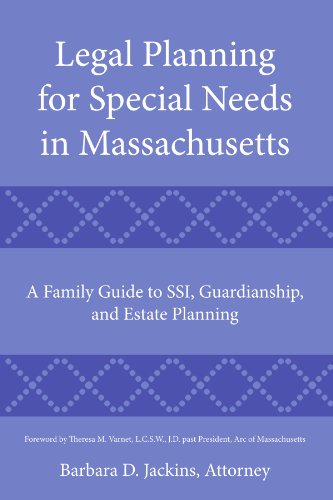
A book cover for Legal Planning For Special Needs In Massachusetts: A Family Guide To Ssi, Guardianship, And Estate Planning; Atto Barbara D. Jackins; Law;